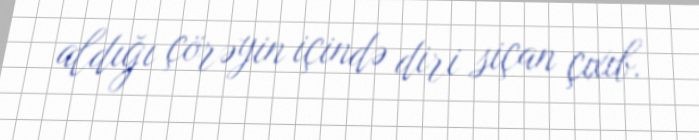
aldığı çörəyin içində diri siçan çıxıb.